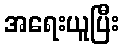
အရေးယူပြီး